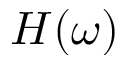
H ( \omega )